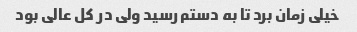
خیلی زمان برد تا به دستم رسید ولی در کل عالی بود